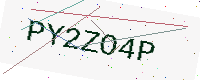
Text: PY2ZO4P